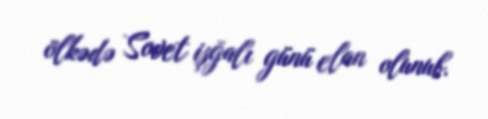
ölkədə Sovet işğalı günü elan olunub.